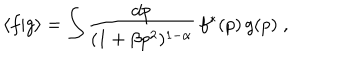
\langle f | g \rangle = \int \frac { d p } { ( 1 + \beta p ^ { 2 } ) ^ { 1 - \alpha } } \, f ^ { * } ( p ) \, g ( p ) \; ,